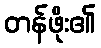
တန်ဖိုး၏